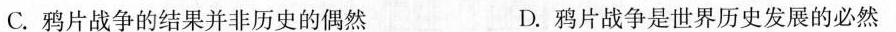
C.鸦片战争的结果并非历史的偶然 D.鸦片战争是世界历史发展的必然